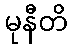
မုနီတိ